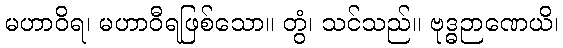
မဟာဝိရ၊ မဟာဝီရဖြစ်သော။ တွံ၊ သင်သည်။ ဗုဒ္ဓဉာဏေယိ၊